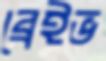
ব্রেইভ